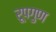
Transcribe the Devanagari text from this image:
रूपगुण